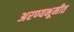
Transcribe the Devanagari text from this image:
अरण्यभूमीत